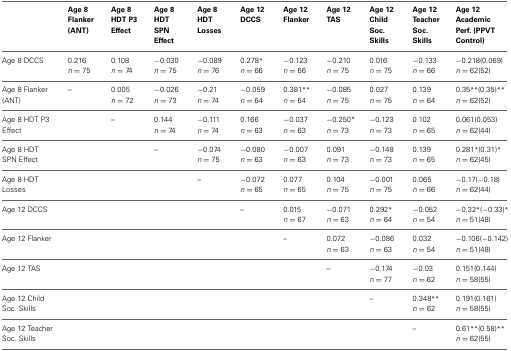
<table><thead><tr><td></td><td><b>Age 8 Flanker (ANT)</b></td><td><b>Age 8 HDT P3 Effect</b></td><td><b>Age 8 HDT SPN Effect</b></td><td><b>Age 8 HDT Losses</b></td><td><b>Age 12 DCCS</b></td><td><b>Age 12 Flanker</b></td><td><b>Age 12 TAS</b></td><td><b>Age 12 Child Soc. Skills</b></td><td><b>Age 12 Teacher Soc. Skills</b></td><td><b>Age 12 Academic Perf. (PPVT Control)</b></td></tr></thead><tbody><tr><td rowspan="2">Age 8 DCCS</td><td>0.216</td><td>0.108</td><td>−0.030</td><td>−0.089</td><td>0.278<sup>*</sup></td><td>−0.123</td><td>−0.210</td><td>0.016</td><td>−0.133</td><td>−0.218(0.069)</td></tr><tr><td><i>n</i> = 75</td><td><i>n</i> = 74</td><td><i>n</i> = 75</td><td><i>n</i> = 76</td><td><i>n</i> = 66</td><td><i>n</i> = 66</td><td><i>n</i> = 75</td><td><i>n</i> = 75</td><td><i>n</i> = 66</td><td><i>n</i> = 62(52)</td></tr><tr><td rowspan="2">Age 8 Flanker (ANT)</td><td>–</td><td>0.005</td><td>−0.026</td><td>−0.21</td><td>−0.059</td><td>0.381<sup>**</sup></td><td>−0.085</td><td>0.027</td><td>0.139</td><td>0.35<sup>**</sup>(0.35)<sup>**</sup></td></tr><tr><td></td><td><i>n</i> = 72</td><td><i>n</i> = 73</td><td><i>n</i> = 74</td><td><i>n</i> = 64</td><td><i>n</i> = 64</td><td><i>n</i> = 75</td><td><i>n</i> = 75</td><td><i>n</i> = 64</td><td><i>n</i> = 62(52)</td></tr><tr><td rowspan="2">Age 8 HDT P3 Effect</td><td></td><td>–</td><td>0.144</td><td>−0.111</td><td>0.166</td><td>−0.037</td><td>−0.250<sup>*</sup></td><td>−0.123</td><td>0.102</td><td>0.061(0.053)</td></tr><tr><td></td><td></td><td><i>n</i> = 74</td><td><i>n</i> = 74</td><td><i>n</i> = 63</td><td><i>n</i> = 63</td><td><i>n</i> = 73</td><td><i>n</i> = 73</td><td><i>n</i> = 65</td><td><i>n</i> = 62(44)</td></tr><tr><td rowspan="2">Age 8 HDT SPN Effect</td><td></td><td></td><td>–</td><td>−0.074</td><td>−0.080</td><td>−0.007</td><td>0.091</td><td>−0.148</td><td>0.139</td><td>0.281<sup>*</sup>(0.31)<sup>*</sup></td></tr><tr><td></td><td></td><td></td><td><i>n</i> = 75</td><td><i>n</i> = 63</td><td><i>n</i> = 63</td><td><i>n</i> = 73</td><td><i>n</i> = 73</td><td><i>n</i> = 65</td><td><i>n</i> = 62(45)</td></tr><tr><td rowspan="2">Age 8 HDT Losses</td><td></td><td></td><td></td><td>–</td><td>−0.072</td><td>0.077</td><td>0.104</td><td>−0.001</td><td>0.065</td><td>−0.17(−0.18)</td></tr><tr><td></td><td></td><td></td><td></td><td><i>n</i> = 65</td><td><i>n</i> = 65</td><td><i>n</i> = 75</td><td><i>n</i> = 75</td><td><i>n</i> = 66</td><td><i>n</i> = 62(44)</td></tr><tr><td rowspan="2">Age 12 DCCS</td><td></td><td></td><td></td><td></td><td>–</td><td>0.015</td><td>−0.071</td><td>0.292<sup>*</sup></td><td>−0.052</td><td>−0.32<sup>*</sup>(−0.33)<sup>*</sup></td></tr><tr><td></td><td></td><td></td><td></td><td></td><td><i>n</i> = 67</td><td><i>n</i> = 63</td><td><i>n</i> = 64</td><td><i>n</i> = 54</td><td><i>n</i> = 51(48)</td></tr><tr><td rowspan="2">Age 12 Flanker</td><td></td><td></td><td></td><td></td><td></td><td>–</td><td>0.072</td><td>−0.086</td><td>0.032</td><td>−0.106(−0.142)</td></tr><tr><td></td><td></td><td></td><td></td><td></td><td></td><td><i>n</i> = 63</td><td><i>n</i> = 63</td><td><i>n</i> = 54</td><td><i>n</i> = 51(48)</td></tr><tr><td rowspan="2">Age 12 TAS</td><td></td><td></td><td></td><td></td><td></td><td></td><td>–</td><td>−0.174</td><td>−0.03</td><td>0.151(0.144)</td></tr><tr><td></td><td></td><td></td><td></td><td></td><td></td><td></td><td><i>n</i> = 77</td><td><i>n</i> = 62</td><td><i>n</i> = 58(55)</td></tr><tr><td rowspan="2">Age 12 Child Soc. Skills</td><td></td><td></td><td></td><td></td><td></td><td></td><td></td><td>–</td><td>0.348<sup>**</sup></td><td>0.191(0.161)</td></tr><tr><td></td><td></td><td></td><td></td><td></td><td></td><td></td><td></td><td><i>n</i> = 62</td><td><i>n</i> = 58(55)</td></tr><tr><td rowspan="2">Age 12 Teacher Soc. Skills</td><td></td><td></td><td></td><td></td><td></td><td></td><td></td><td></td><td>–</td><td>0.61<sup>**</sup>(0.58)<sup>**</sup></td></tr><tr><td></td><td></td><td></td><td></td><td></td><td></td><td></td><td></td><td></td><td><i>n</i> = 62(55)</td></tr></tbody></table>